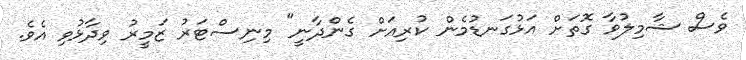
ވެސް ޝާމިލުވާ ގޮތަށް އަޅުގަނޑުމެން ކުރިއަށް ގެންދާނީ" މިނިސްޓަރު ޒަމީރު ވިދާޅުވި އެވެ.